Report on horse surra - Volume I
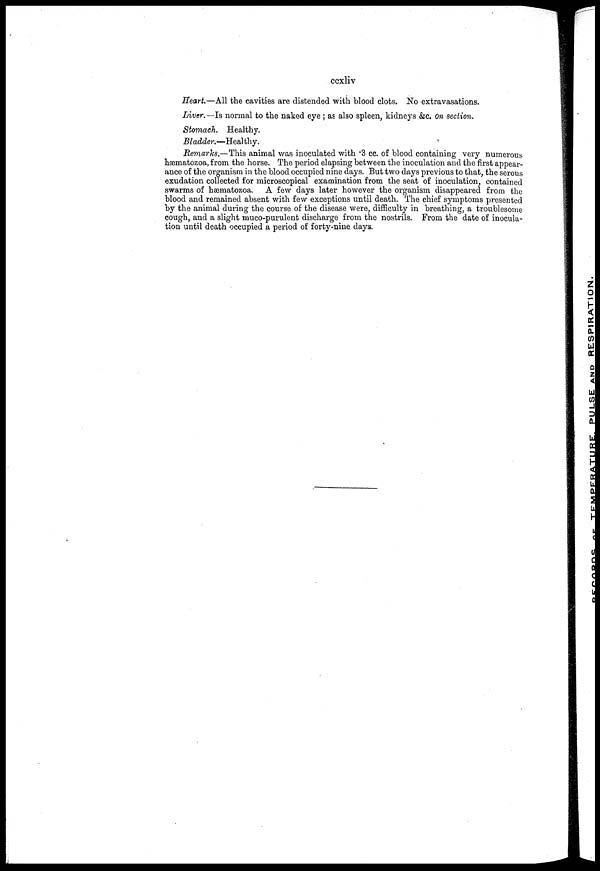
ccxliv
Heart.—All the cavities are distended with blood clots. No extravasations.
Liver.—Is normal to the naked eye ; as also spleen, kidneys &c. On section.
Stomach. Healthy.
Bladder.—Healthy.
Remarks,—This animal was inoculated with .3 cc. of blood containing very numerous
hæmatozoa, from the horse. The period elapsing between the inoculation and the first appear-
ance of the organism in the blood occupied nine days. But two days previous to that, the serous
exudation collected for microscopical examination from the seat of inoculation, contained
swarms of hæmatozoa. A few days later however the organism disappeared from the
blood and remained absent with few exceptions until death. The chief symptoms presented
by the animal during the course of the disease were, difficulty in breathing, a troublesome
cough, and a slight muco-purulent discharge from the nostrils. From the date of inocula-
tion until death occupied a period of forty-nine days.